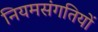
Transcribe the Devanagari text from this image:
नियमसंगतियों